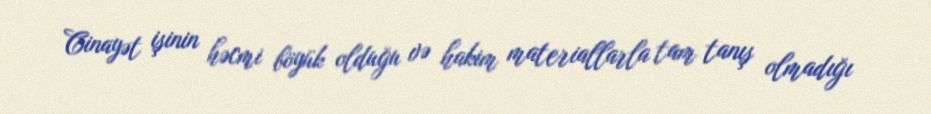
Cinayət işinin həcmi böyük olduğu və hakim materiallarla tam tanış olmadığı